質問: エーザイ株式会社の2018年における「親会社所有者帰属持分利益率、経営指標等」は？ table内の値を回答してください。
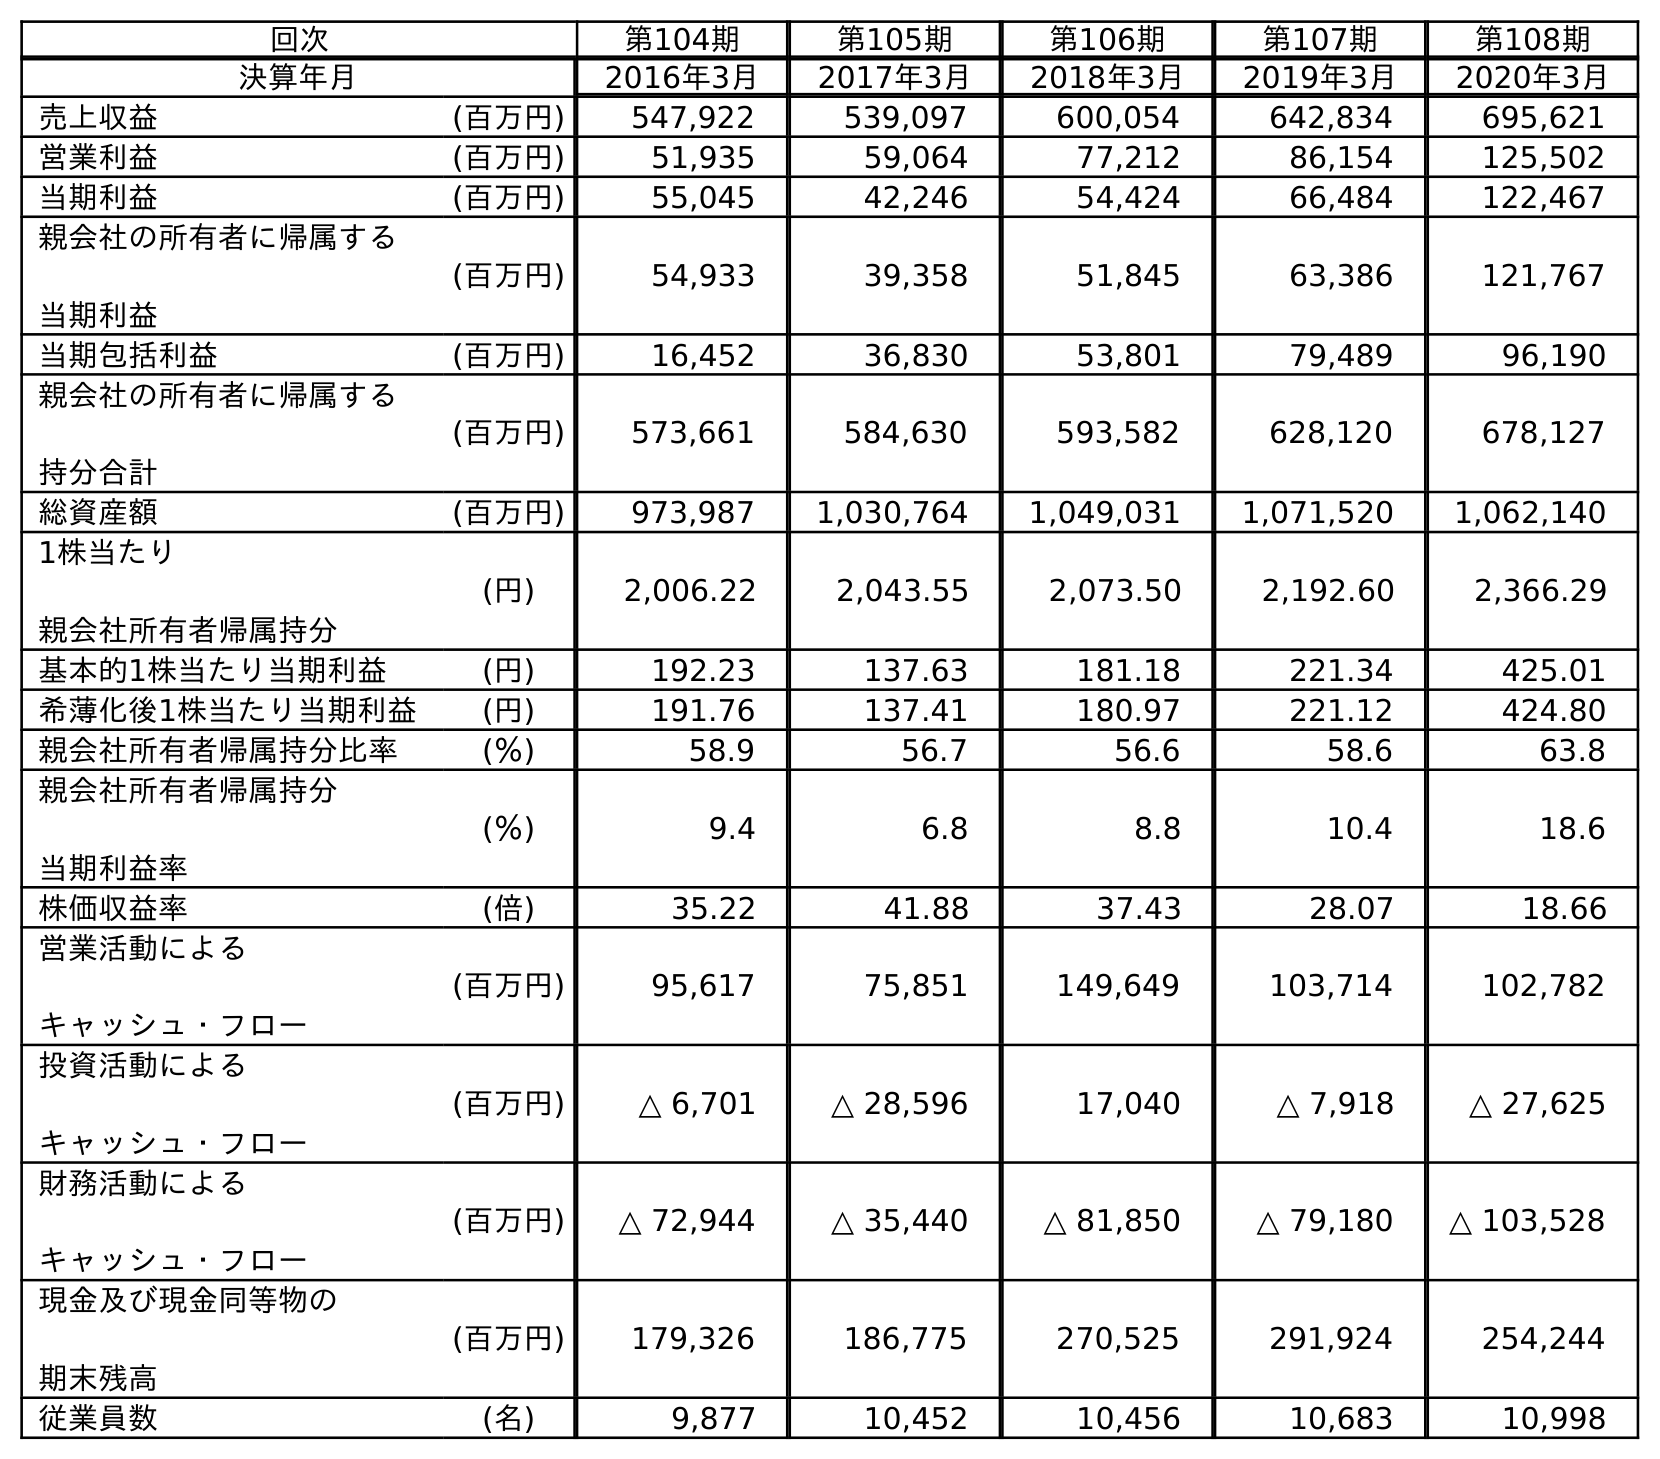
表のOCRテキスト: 回次 第104期 第105期 第106期 第107期 第108期 決算年月 2016年3月 2017年3月 2018年3月 2019年3月 2020年3月 売上収益 (百万円) 547,922 539,097 600,054 642,834 695,621 営業利益 (百万円) 51,935 59,064 77,212 86,154 125,502 当期利益 (百万円) 55,045 42,246 54,424 66,484 122,467 親会社の所有者に帰属する 当期利益 (百万円) 54,933 39,358 51,845 63,386 121,767 当期包括利益 (百万円) 16,452 36,830 53,801 79,489 96,190 親会社の所有者に帰属する 持分合計 (百万円) 573,661 584,630 593,582 628,120 678,127 総資産額 (百万円) 973,987 1,030,764 1,049,031 1,071,520 1,062,140 1株当たり 親会社所有者帰属持分 (円) 2,006.22 2,043.55 2,073.50 2,192.60 2,366.29 基本的1株当たり当期利益 (円) 192.23 137.63 181.18 221.34 425.01 希薄化後1株当たり当期利益 (円) 191.76 137.41 180.97 221.12 424.80 親会社所有者帰属持分比率 (％) 58.9 56.7 56.6 58.6 63.8 親会社所有者帰属持分 当期利益率 (％) 9.4 6.8 8.8 10.4 18.6 株価収益率 (倍) 35.22 41.88 37.43 28.07 18.66 営業活動による キャッシュ・フロー (百万円) 95,617 75,851 149,649 103,714 102,782 投資活動による キャッシュ・フロー (百万円) △ 6,701 △ 28,596 17,040 △ 7,918 △ 27,625 財務活動による キャッシュ・フロー (百万円) △ 72,944 △ 35,440 △ 81,850 △ 79,180 △ 103,528 現金及び現金同等物の 期末残高 (百万円) 179,326 186,775 270,525 291,924 254,244 従業員数 (名) 9,877 10,452 10,456 10,683 10,998
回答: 8.8